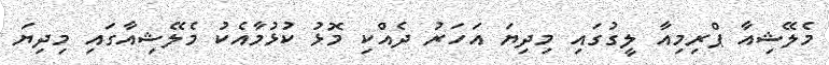
މެލޭޝިއާ ޕްރިމިއާ ލީގުގައި މިދިޔަ އަހަރު ދެއްކި މޮޅު ކުޅުމާއެކު މެލޭޝިއާގައި މިދިޔަ